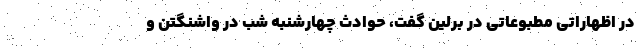
در اظهاراتی مطبوعاتی در برلین گفت، حوادث چهارشنبه شب در واشنگتن و